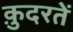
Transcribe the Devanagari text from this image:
क़ुदरतें